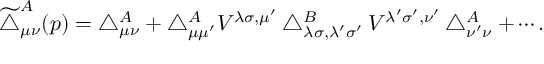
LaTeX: \widetilde { \bigtriangleup } _ { \mu \nu } ^ { A } ( p ) = \bigtriangleup _ { \mu \nu } ^ { A } + \bigtriangleup _ { \mu \mu ^ { \prime } } ^ { A } V ^ { \lambda \sigma , \mu ^ { \prime } } \bigtriangleup _ { \lambda \sigma , \lambda ^ { \prime } \sigma ^ { \prime } } ^ { B } V ^ { \lambda ^ { \prime } \sigma ^ { \prime } , \nu ^ { \prime } } \bigtriangleup _ { \nu ^ { \prime } \nu } ^ { A } + \cdots .